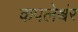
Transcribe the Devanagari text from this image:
कपलेश्वंर